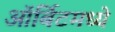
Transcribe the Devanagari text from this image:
ऑर्बिटमध्ये